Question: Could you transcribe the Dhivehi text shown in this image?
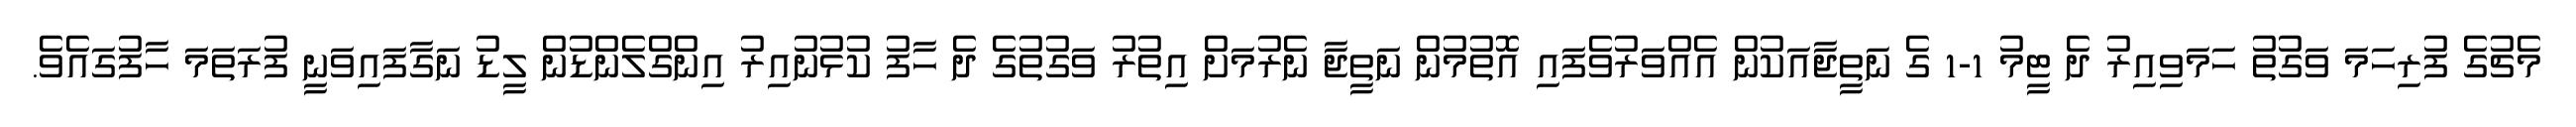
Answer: މެޗުގެ ފުރިހަމަ ވަގުތު ހަމަވިއިރު ދެ ޓީމު 1-1 ގެ ނަތީޖާއަކުން އެއްވަރުވެފައި އޮތުމުން ނަތީޖާ ނެރުމަށް އިތުރު ވަގުތުގެ ދެ ހާފު ކުޅުނުއިރު އިންގްލެންޑުން ލީޑު ނަގާފައިވަނީ ފުރަތަމަ ހާފުގައެވެ.